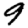
Digit: 9